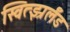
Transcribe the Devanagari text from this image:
स्वित्झ्रर्लँड